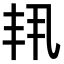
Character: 𫡗